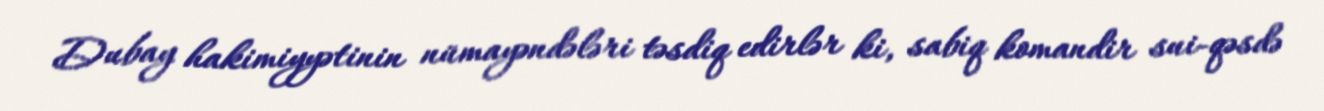
Dubay hakimiyyətinin nümayəndələri təsdiq edirlər ki, sabiq komandir sui-qəsdə